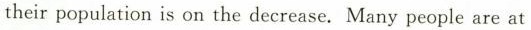
their population is on the decrease. Many people are at